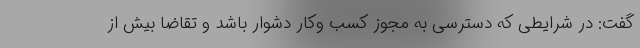
گفت: در شرایطی که دسترسی به مجوز کسب وکار دشوار باشد و تقاضا بیش از